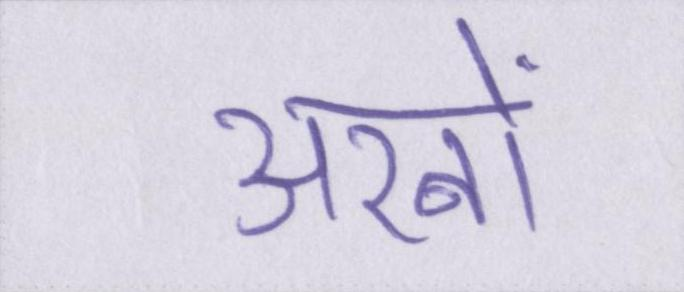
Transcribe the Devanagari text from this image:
अरबों